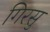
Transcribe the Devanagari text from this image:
गिरसु